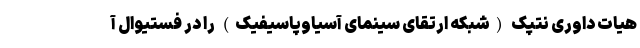
هیات داوری نتپک (شبکه ارتقای سینمای آسیاوپاسیفیک) را در فستیوال آ